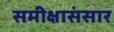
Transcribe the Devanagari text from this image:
समीक्षासंसार